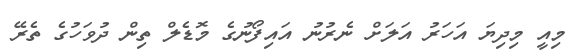
މިއީ މިދިޔަ އަހަރު އަލަށް ނެރުނު އައިފޯނުގެ މޮޑެލް ތިން ދުވަހުގެ ތެރޭ